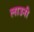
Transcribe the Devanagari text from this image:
लाउनी